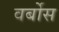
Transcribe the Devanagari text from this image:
वर्बोस